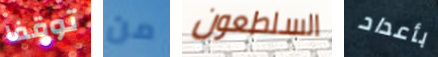
توقفا من السلطعون بأعداد